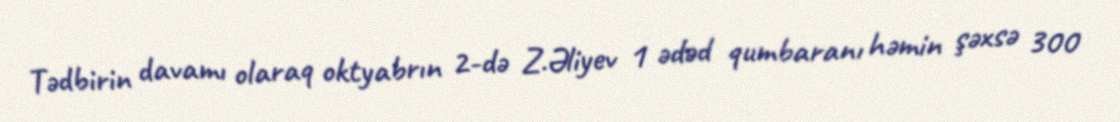
Tədbirin davamı olaraq oktyabrın 2-də Z.Əliyev 1 ədəd qumbaranı həmin şəxsə 300